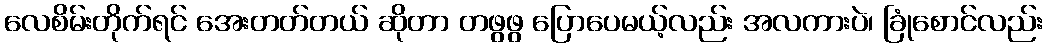
လေစိမ်းတိုက်ရင် အေးတတ်တယ် ဆိုတာ တဖွဖွ ပြောပေမယ့်လည်း အလကားပဲ၊ ခြုံစောင်လည်း